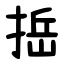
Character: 捳